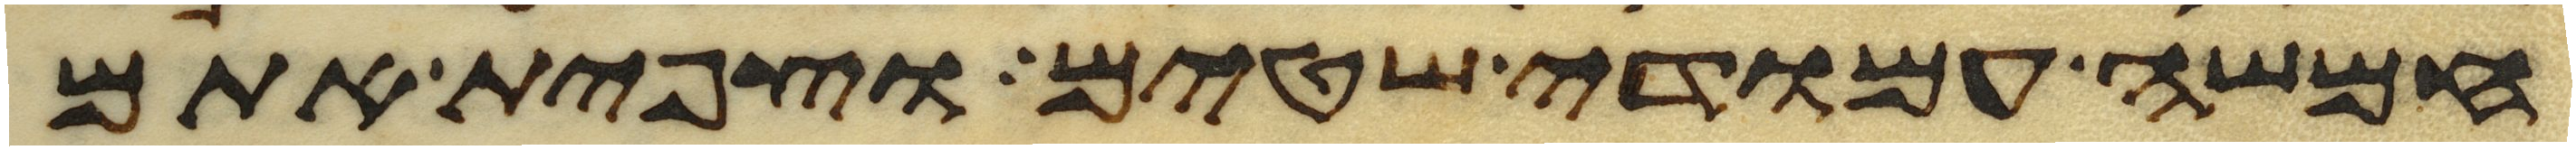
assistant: חמשה עמודי שטים וצפית אתם